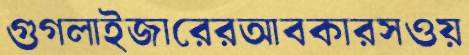
গুগলাইজারেরআবকারসওয়